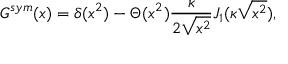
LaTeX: G ^ { s y m } ( x ) = \delta ( x ^ { 2 } ) - \Theta ( x ^ { 2 } ) \frac { \kappa } { 2 \sqrt { x ^ { 2 } } } J _ { 1 } ( \kappa \sqrt { x ^ { 2 } } ) ,